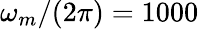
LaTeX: \omega_{m}/(2\pi)=1000